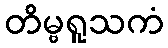
တိမ္ဗရူသကံ